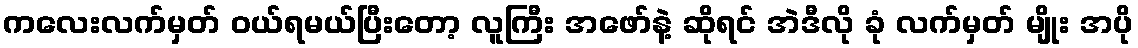
ကလေးလက်မှတ် ဝယ်ရမယ်ပြီးတော့ လူကြီး အဖော်နဲ့ ဆိုရင် အဲဒီလို ခုံ လက်မှတ် မျိုး အပို